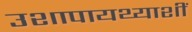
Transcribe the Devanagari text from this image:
उशापायथ्याशीं